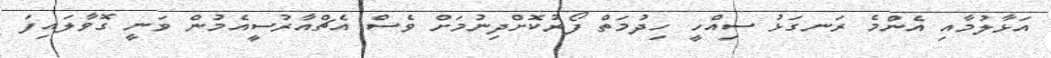
އަޅާލުމާއި އެންމެ ރަނގަޅު ސިއްހީ ހިދުމަތް ފޯރުކޮށްދިނުމަށް ވެސް އެޗްއާރުސީއެމުން ވަނީ ގޮވާލައިފަ